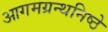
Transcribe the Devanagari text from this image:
आगमग्रन्थनिष्ठे